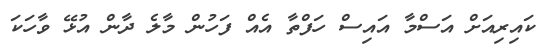
ކައިރިއަށް އަސްމާ އައިސް ހަފްތާ އެއް ފަހުން މާލެ ދާން އުޅޭ ވާހަކަ